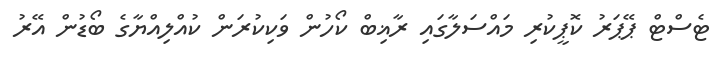
ޓެސްޓް ޕޭޕަރު ކޮޕީކުރި މައްސަލާގައި ރާޣިބް ކޯހުން ވަކިކުރަން ކުއްލިއްޔާގެ ބޯޑުން އޭރު